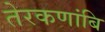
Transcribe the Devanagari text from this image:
तेरकणांबि